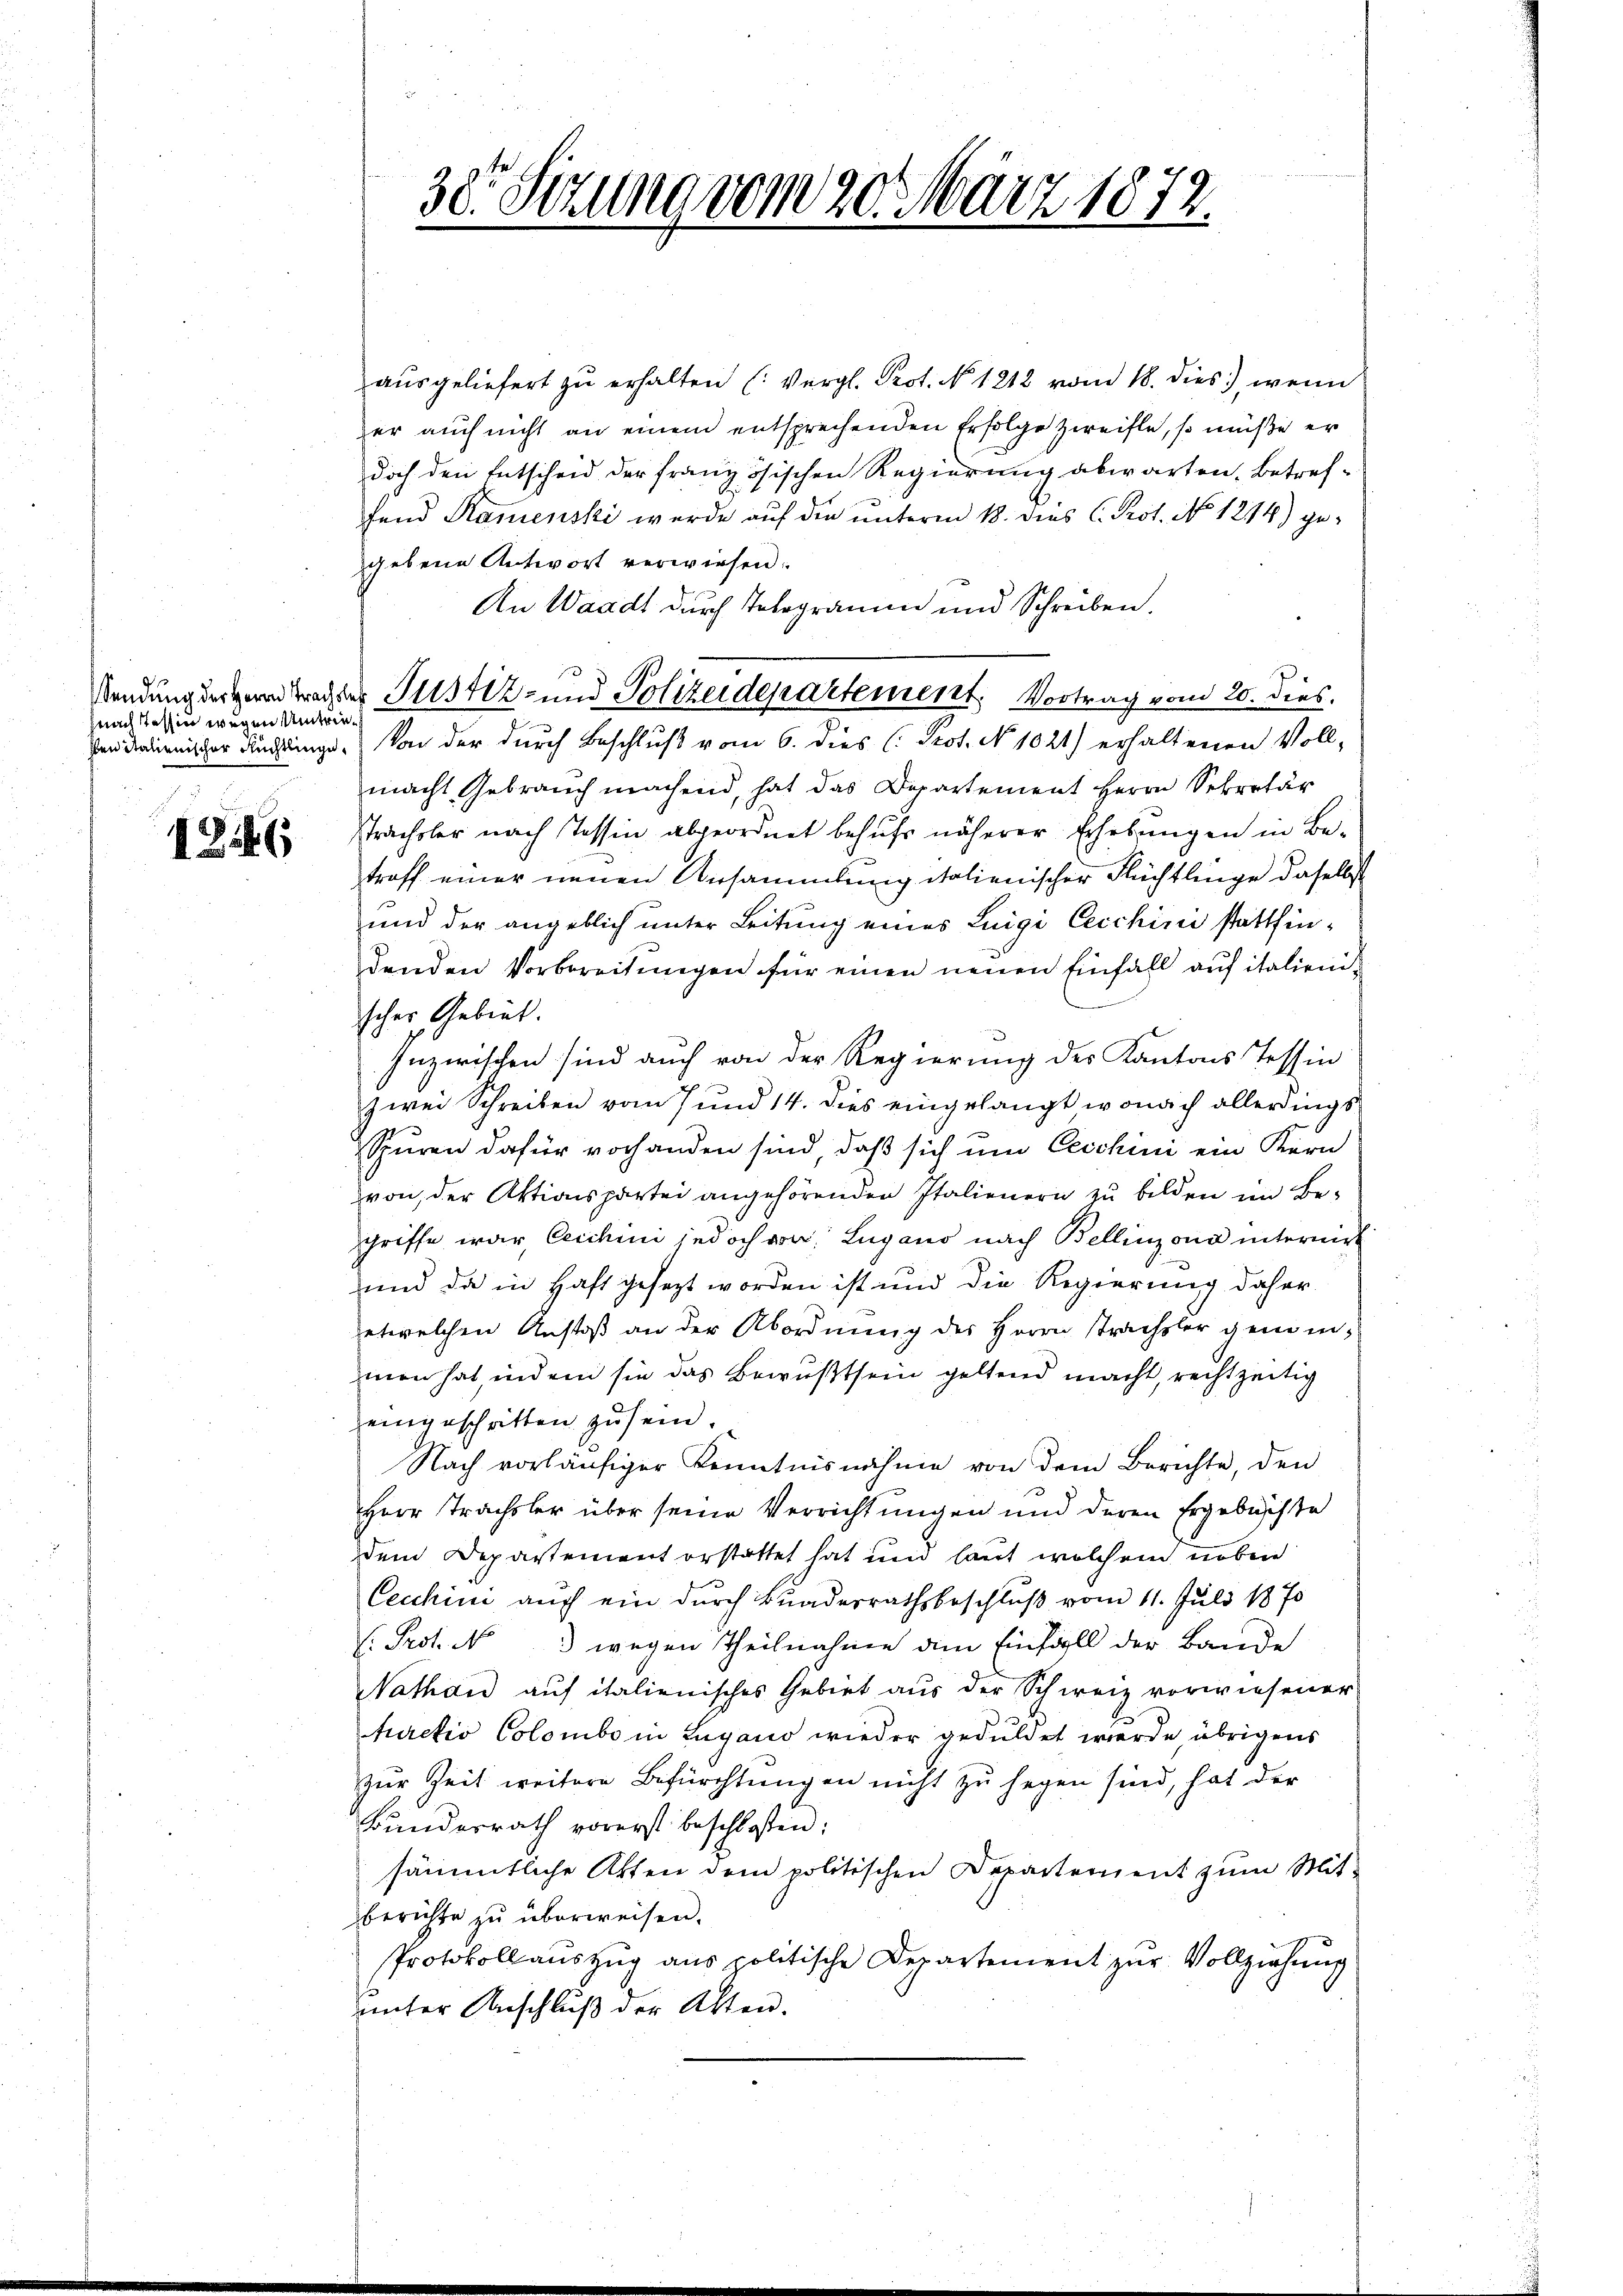
hnach Tessin wegen Umtrie¬

1246

ausgeliefert zu erhalten (: Vergl. Prot. N. 1212 vom 18. dies.), wenn
er auch nicht an einem entsprechenden Erfolge zweifle, so müße er
doch den Entscheid der französischen Regierung abwarten. Betref-
fend Stamenski werde auf die unterm 18. dies C. Prot. No 1214) gegebene Antwort verwiesen.
An Waadt durch Telegramm und Schreiben.
en derenischer Ruchlinge. Von der durch Beschluß vom 6. dies (: Prot. No 1021) erhaltenen Vollmacht Gebrauch machend, hat das Departement Herrn Sekretär
sprachsler nach Tessin abgeordnet behufs näherer Erhebungen in Be-
troff einer neuen Ansammlung italienischer Flüchtlinge daselbst
und der angeblich unter Leitung eines Luigi Cecchini stattfindenden Vorbereitungen für einen neuen Einfall auf italienischer Gebiet.
Inzwischen sind auch von der Regierung des Kantons Tessin
zwei Schreiben vom 7 und 14. dies eingelangt, wonach allerdings
Spuren dafür vorhanden sind, daß sich um Geschini ein Kern
von der Aktionspartei angehörenden Italienern zu bilden im Begriffe war, leichini jedoch von Lugano nach Bellinzona internir
und da in Haft gesezt worden ist und die Regierung daher
etwelchen Anstoß an der Abordnung des Herrn Strachsler genommen hat, indem sie das Bewußtsein geltend macht, rechtzeitig
eingeschritten zu sein.
Nach vorläufiger Kenntnisnahme von dem Berichte, den
Herr Trachsler über seine Verrichtungen und deren Ergebnisse
dem Departement erstattet hat und laut welchem neben
Cecchini auch ein durch Bunderrathsbeschluß vom 11. Juli 1870
: Prot. No 3 wegen Theilnahme am Einfäll der Bande
Nathan auf italienisches Gebiet aus der Schweiz vorwiesener
furetio Colombe in Lugano wieder geduldet werde, übrigens
zur Zeit weitere Befürchtungen nicht zu hegen sind, hat der
Bundesrath vorerst beschlossen;
sämmtliche Akten dem politischen Departement zum Mitberichte zu überweisen.
Protokollauszug aus politische Departement zur Vollziehung
unter Anschluß der Akten.

30 Sezung vom 20. März 1872.

Sendung dergern trachter Justiz- und Polizeidepartement. Vortrag vom 20. dies.